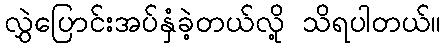
လွှဲပြောင်းအပ်နှံခဲ့တယ်လို့ သိရပါတယ်။